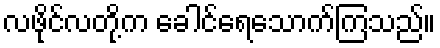
လဖိုင်လတို့က ခေါင်ရေသောက်ကြသည်။